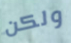
ولكن